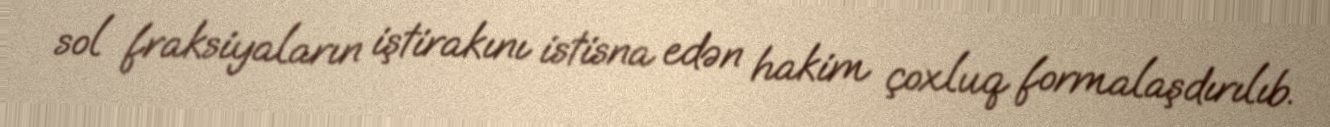
sol fraksiyaların iştirakını istisna edən hakim çoxluq formalaşdırılıb.